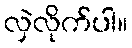
လှဲလိုက်ပါ။